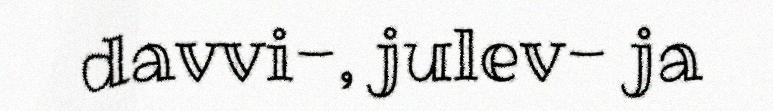
davvi-, julev- ja